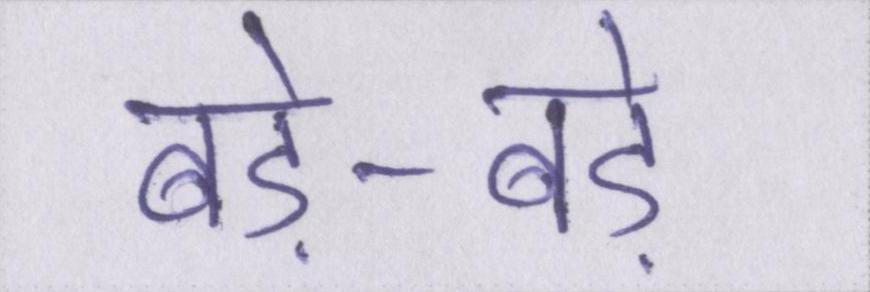
बड़े-बड़े